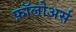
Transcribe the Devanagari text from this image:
फ़ॉलोअर्स